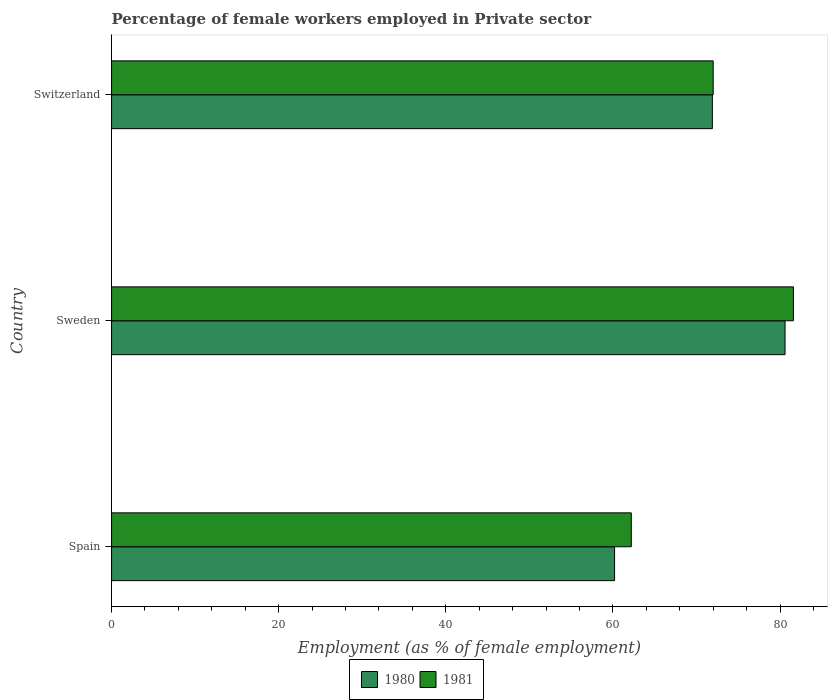
| Country | 1980 | 1981 |
 | --- | --- | --- |
 | Spain | 60.2 | 62.2 |
 | Sweden | 80.6 | 81.6 |
 | Switzerland | 71.9 | 72 |